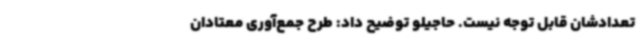
تعدادشان قابل توجه‌ نیست. حاجیلو توضیح داد: طرح جمع‌آوری معتادان